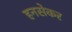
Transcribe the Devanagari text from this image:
हनसेकर